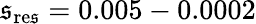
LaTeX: \mathfrak{s}_{\mathrm{{re\mathfrak{s}}}}=0.005-0.0002